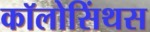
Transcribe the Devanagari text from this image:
कॉलोसिंथस